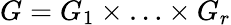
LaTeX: G=G_{1}\times\ldots\times G_{r}